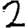
Digit: 2